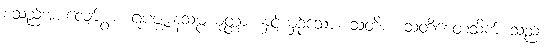
စသည်အားလျော်စွာ။ ရူပဇ္ဈာနသမ္ပယုတ္တာ၊ နှင့်ယှဉ်သော။ သတိစ၊ သတိစေတသိက် သည်